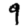
Digit: 9